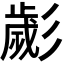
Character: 𢒱